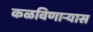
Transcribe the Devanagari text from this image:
कळविणार्‍यास